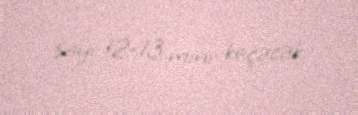
sayı 12-13 mini keçəcək.